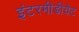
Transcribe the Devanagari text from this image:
इंटरमीडीयेट